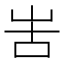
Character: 𠰛